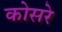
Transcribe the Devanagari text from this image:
कोसरे